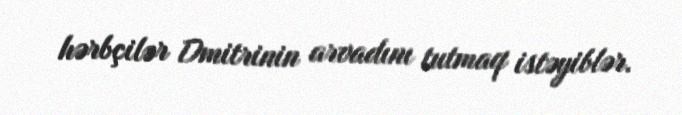
hərbçilər Dmitrinin arvadını tutmaq istəyiblər.